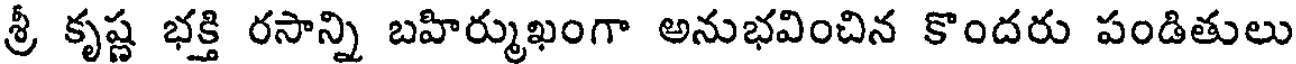
శ్రీ కృష్ణ భక్తి రసాన్ని బహిర్ముఖంగా అనుభవించిన కొందరు పండితులు